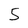
Character: 5